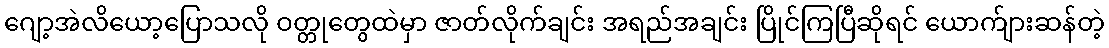
ဂျော့အဲလိယော့ပြောသလို ဝတ္တုတွေထဲမှာ ဇာတ်လိုက်ချင်း အရည်အချင်း ပြိုင်ကြပြီဆိုရင် ယောက်ျားဆန်တဲ့